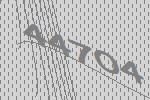
44704